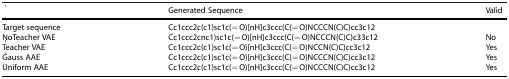
|  | Generated Sequence | Valid |
 | --- | --- | --- |
 | Target sequence | Cc1ccc2c(c1)sc1c(=O)[nH]c3ccc(C(=O)NCCCN(C)C)cc3c12 |  |
 | NoTeacher VAE | Cc1ccc2cnc1)sc1c(=O)[nH]c3ccc(C(=O)NCCCN(C)C)c33c12 | No |
 | Teacher VAE | Cc1ccc2c(c1)sc1c(=O)[nH]c3ccc(C(=O)NCCN(C)C)cc3c12 | Yes |
 | Gauss AAE | Cc1ccc2c(c1)sc1c(=O)[nH]c3ccc(C(=O)NCCCN(C)C)cc3c12 | Yes |
 | Uniform AAE | Cc1ccc2c(c1)sc1c(=O)[nH]c3ccc(C(=O)NCCCN(C)C)cc3c12 | Yes |